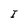
Character: I